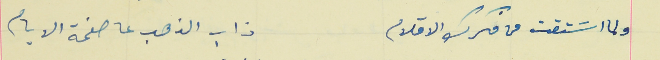
ولما اسَتقت من فكرك الاقلام                                   ذاب الذهب عا صفحة الايام